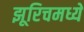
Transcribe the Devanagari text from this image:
झूरिचमध्ये